Vaccination North-Western Provinces and Oudh 1896-1901 - 1896-1901
Year: 1896
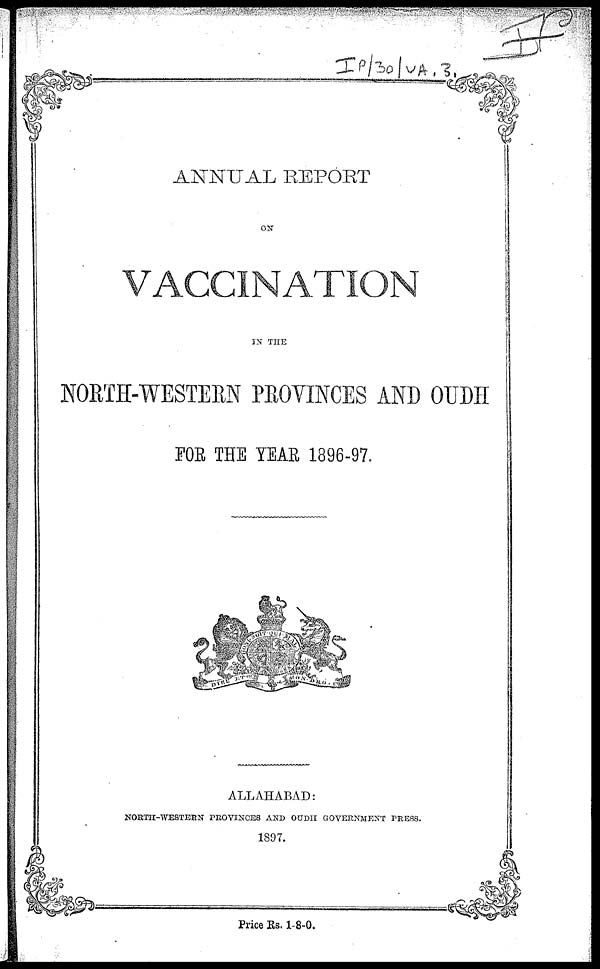
ANNUAL REPORT
ON
VACCINATION
IN THE
NORTH-WESTERN PROVINCES AND OUDH
FOR THE YEAR 1896-97.
ALLAHABAD:
NORTH-WESTERN PROVINCES AND OUDH GOVERNMENT PRESS.
1897.
Price Rs. 1-8-0.